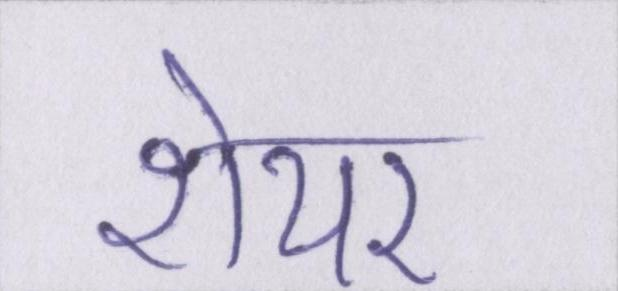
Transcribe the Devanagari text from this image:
शेयर